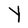
Character: Y